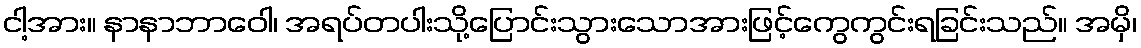
ငါ့အား။ နာနာဘာဝေါ၊ အရပ်တပါးသို့ပြောင်းသွားသောအားဖြင့်ကွေကွင်းရခြင်းသည်။ အမှိ၊